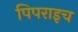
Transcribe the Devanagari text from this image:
पिपराइच